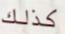
كذلك